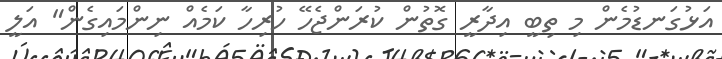
އަޅުގަނޑުމެން މި ތިބީ އިދާރީ ގޮތުން ކުރަންޖެހޭ ހުރިހާ ކަމެއް ނިންމައިގެން" އަލީ